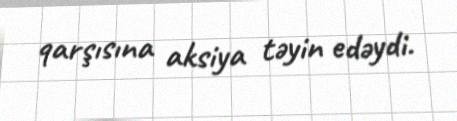
qarşısına aksiya təyin edəydi.